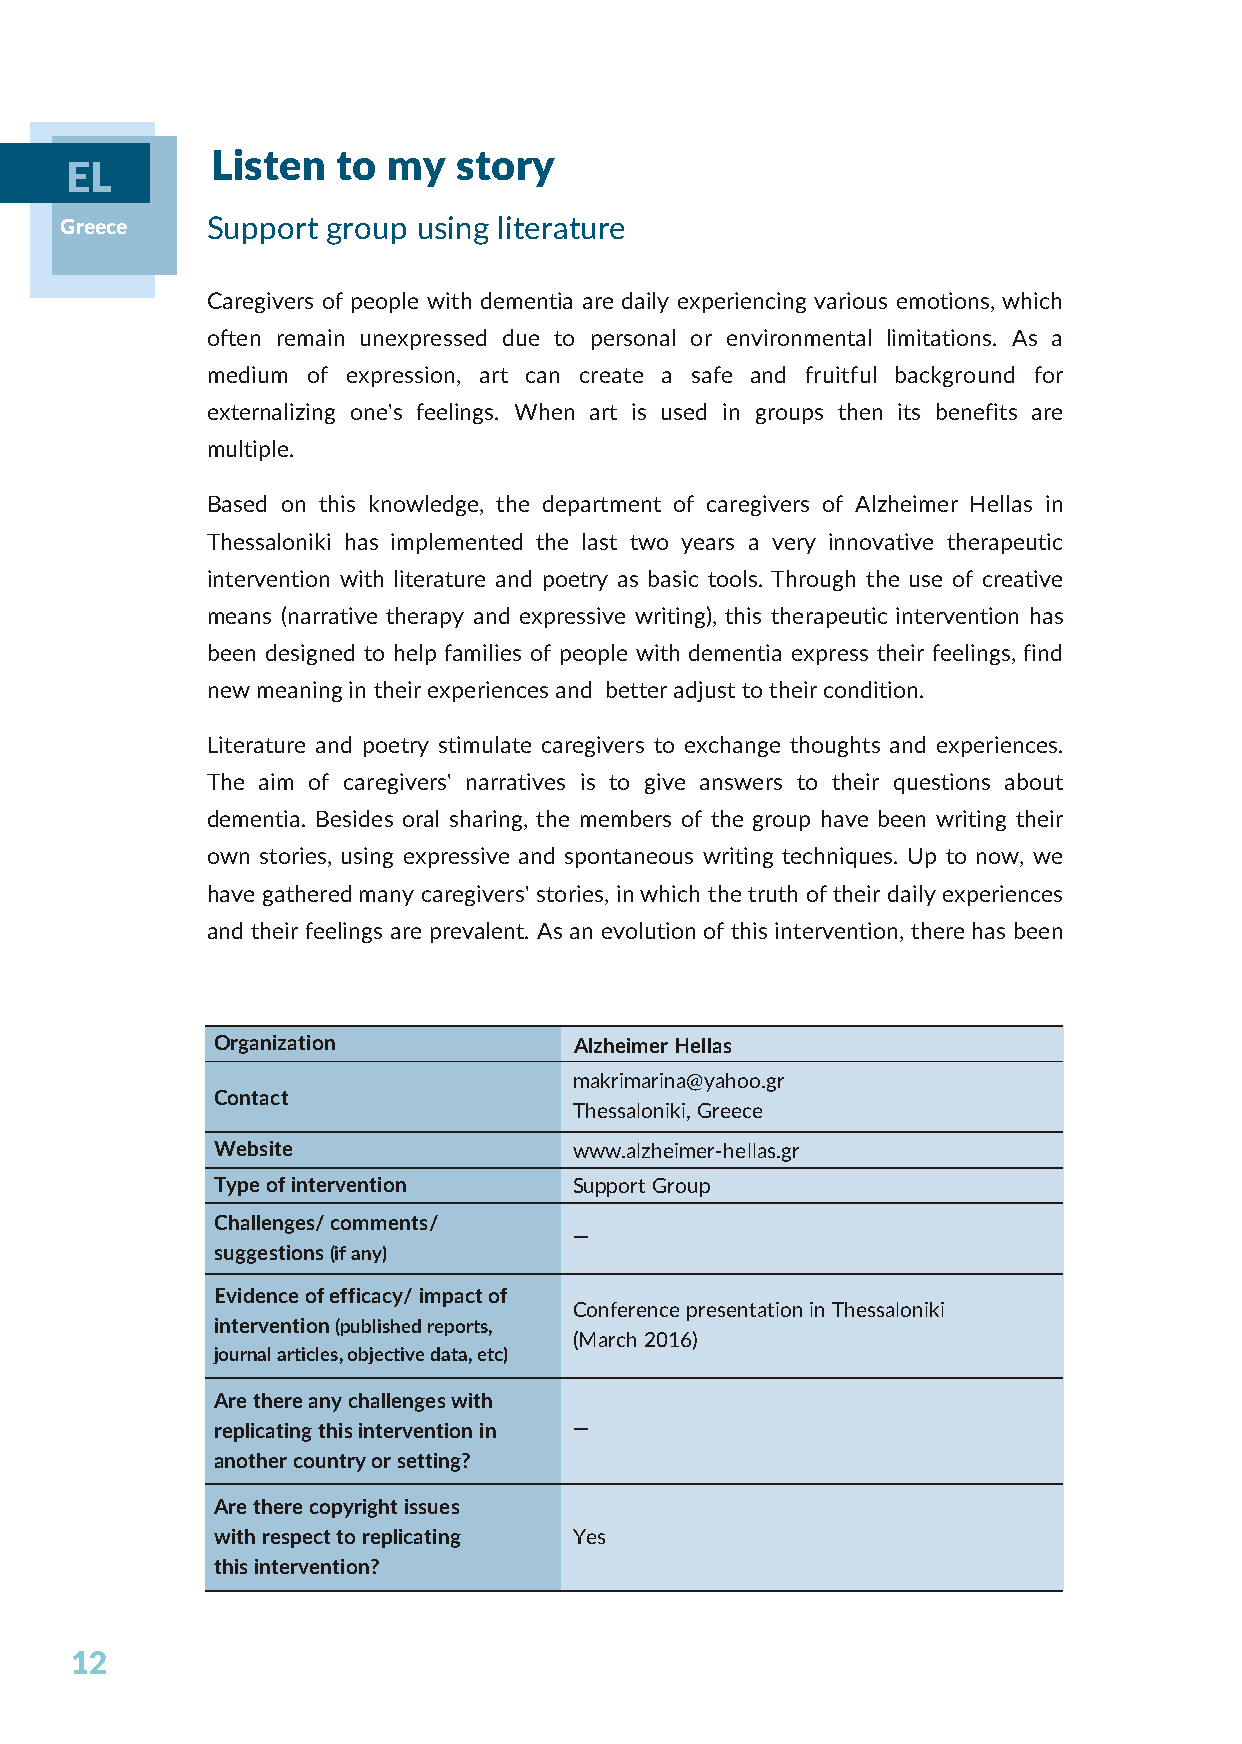
Listen  to  my  story
 EL
 Greece    Support group using literature
 Caregivers of people with dementia are daily experiencing various emotions, which
 often remain unexpressed due to personal or environmental limitations. As a
 medium of expression, art can create a safe and fruitful background for
 externalizing one's feelings. When art is used in groups then its benefits are
 multiple.
 Based on this knowledge, the department of caregivers of Alzheimer Hellas in
 Thessaloniki has implemented the last two years a very innovative therapeutic
 intervention with literature and poetry as basic tools. Through the use of creative
 means (narrative therapy and expressive writing), this therapeutic intervention has
 been designed to help families of people with dementia express their feelings, find
 new meaning in their experiences and better adjust to their condition.
 Literature and poetry stimulate caregivers to exchange thoughts and experiences.
 The aim of caregivers' narratives is to give answers to their questions about
 dementia. Besides oral sharing, the members of the group have been writing their
 own stories, using expressive and spontaneous writing techniques. Up to now, we
 have gathered many caregivers' stories, in which the truth of their daily experiences
 and their feelings are prevalent. As an evolution of this intervention, there has been
 Organization            Alzheimer Hellas
 makrimarina@yahoo.gr
 Contact
 Thessaloniki, Greece
 Website                 www.alzheimer-hellas.gr
 Type of intervention    Support Group
 Challenges/ comments/
 —
 suggestions (if any)
 Evidence of efficacy/ impact of
 Conference presentation in Thessaloniki
 intervention (published reports,
 (March 2016)
 journal articles, objective data, etc)
 Are there any challenges with
 replicating this intervention in —
 another country or setting?
 Are there copyright issues
 with respect to replicating Yes
 this intervention?
 12